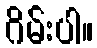
ဂိမ်းပါ။